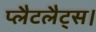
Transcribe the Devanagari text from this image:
प्लैटलैट्स।